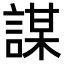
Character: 謀